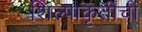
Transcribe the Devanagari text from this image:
शिल्पाकृतींची